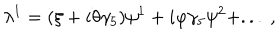
LaTeX: \lambda ^ { 1 } = ( \xi + i \theta \gamma _ { 5 } ) \psi ^ { 1 } + i \varphi \gamma _ { 5 } \psi ^ { 2 } + . . . \ , \,